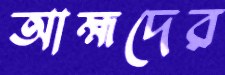
আহ্মদের